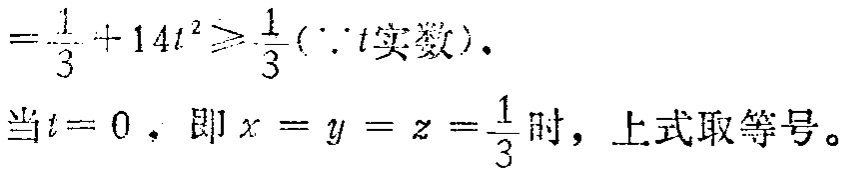
\[

=\frac{1}{3}+14t^{2}\geqslant\frac{1}{3}(\because t\text{实数}).

\]

当\(t = 0\)，即\(x = y = z=\frac{1}{3}\)时，上式取等号。